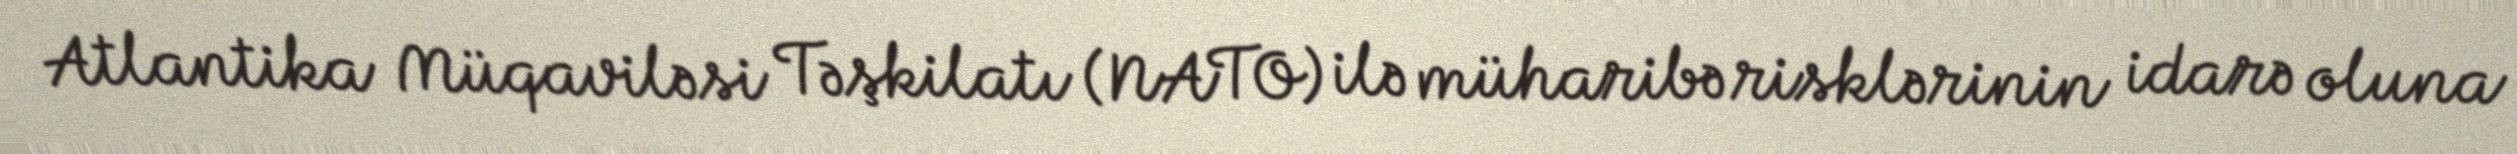
Atlantika Müqaviləsi Təşkilatı (NATO) ilə müharibə risklərinin idarə oluna